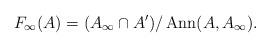
LaTeX: \begin{align*}F_\infty(A) = (A_\infty\cap A') / \operatorname{Ann}(A,A_\infty).\end{align*}